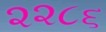
૨૨૮૬